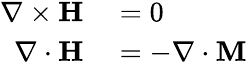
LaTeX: \begin{array}{rl}{\mathbf{\nabla\times H}}&{{}=0}\\ {\mathbf{\nabla\cdot H}}&{{}=-\nabla\cdot\mathbf{M}}\end{array}